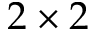
2 \times 2